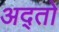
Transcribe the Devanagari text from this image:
अद्तो